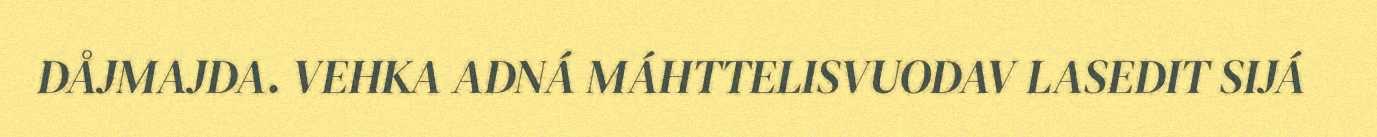
DÅJMAJDA. VEHKA ADNÁ MÁHTTELISVUODAV LASEDIT SIJÁ